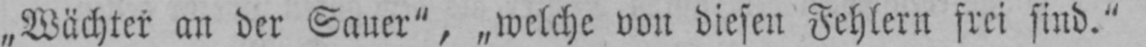
„Wächter an der Sauer“, „welche von diesen Fehlern frei sind.“